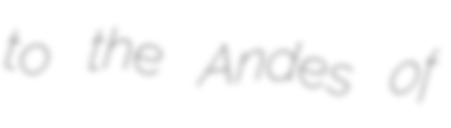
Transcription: to the Andes of